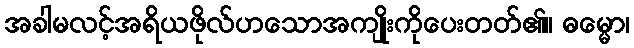
အခါမလင့်အရိယဖိုလ်ဟသောအကျိုးကိုပေးတတ်၏။ ဓမ္မော၊